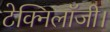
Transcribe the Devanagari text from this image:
टेक्निलॉजी।